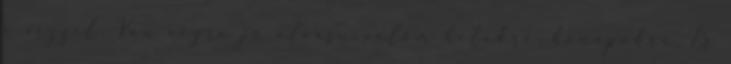
a vízzel. Van végre jó olvasnivalóm hetekre, hónapokra. Es